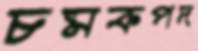
চমকপদ